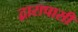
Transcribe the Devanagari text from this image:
द्वारापासी